EELK_Kaarma_kogudus, lk 79
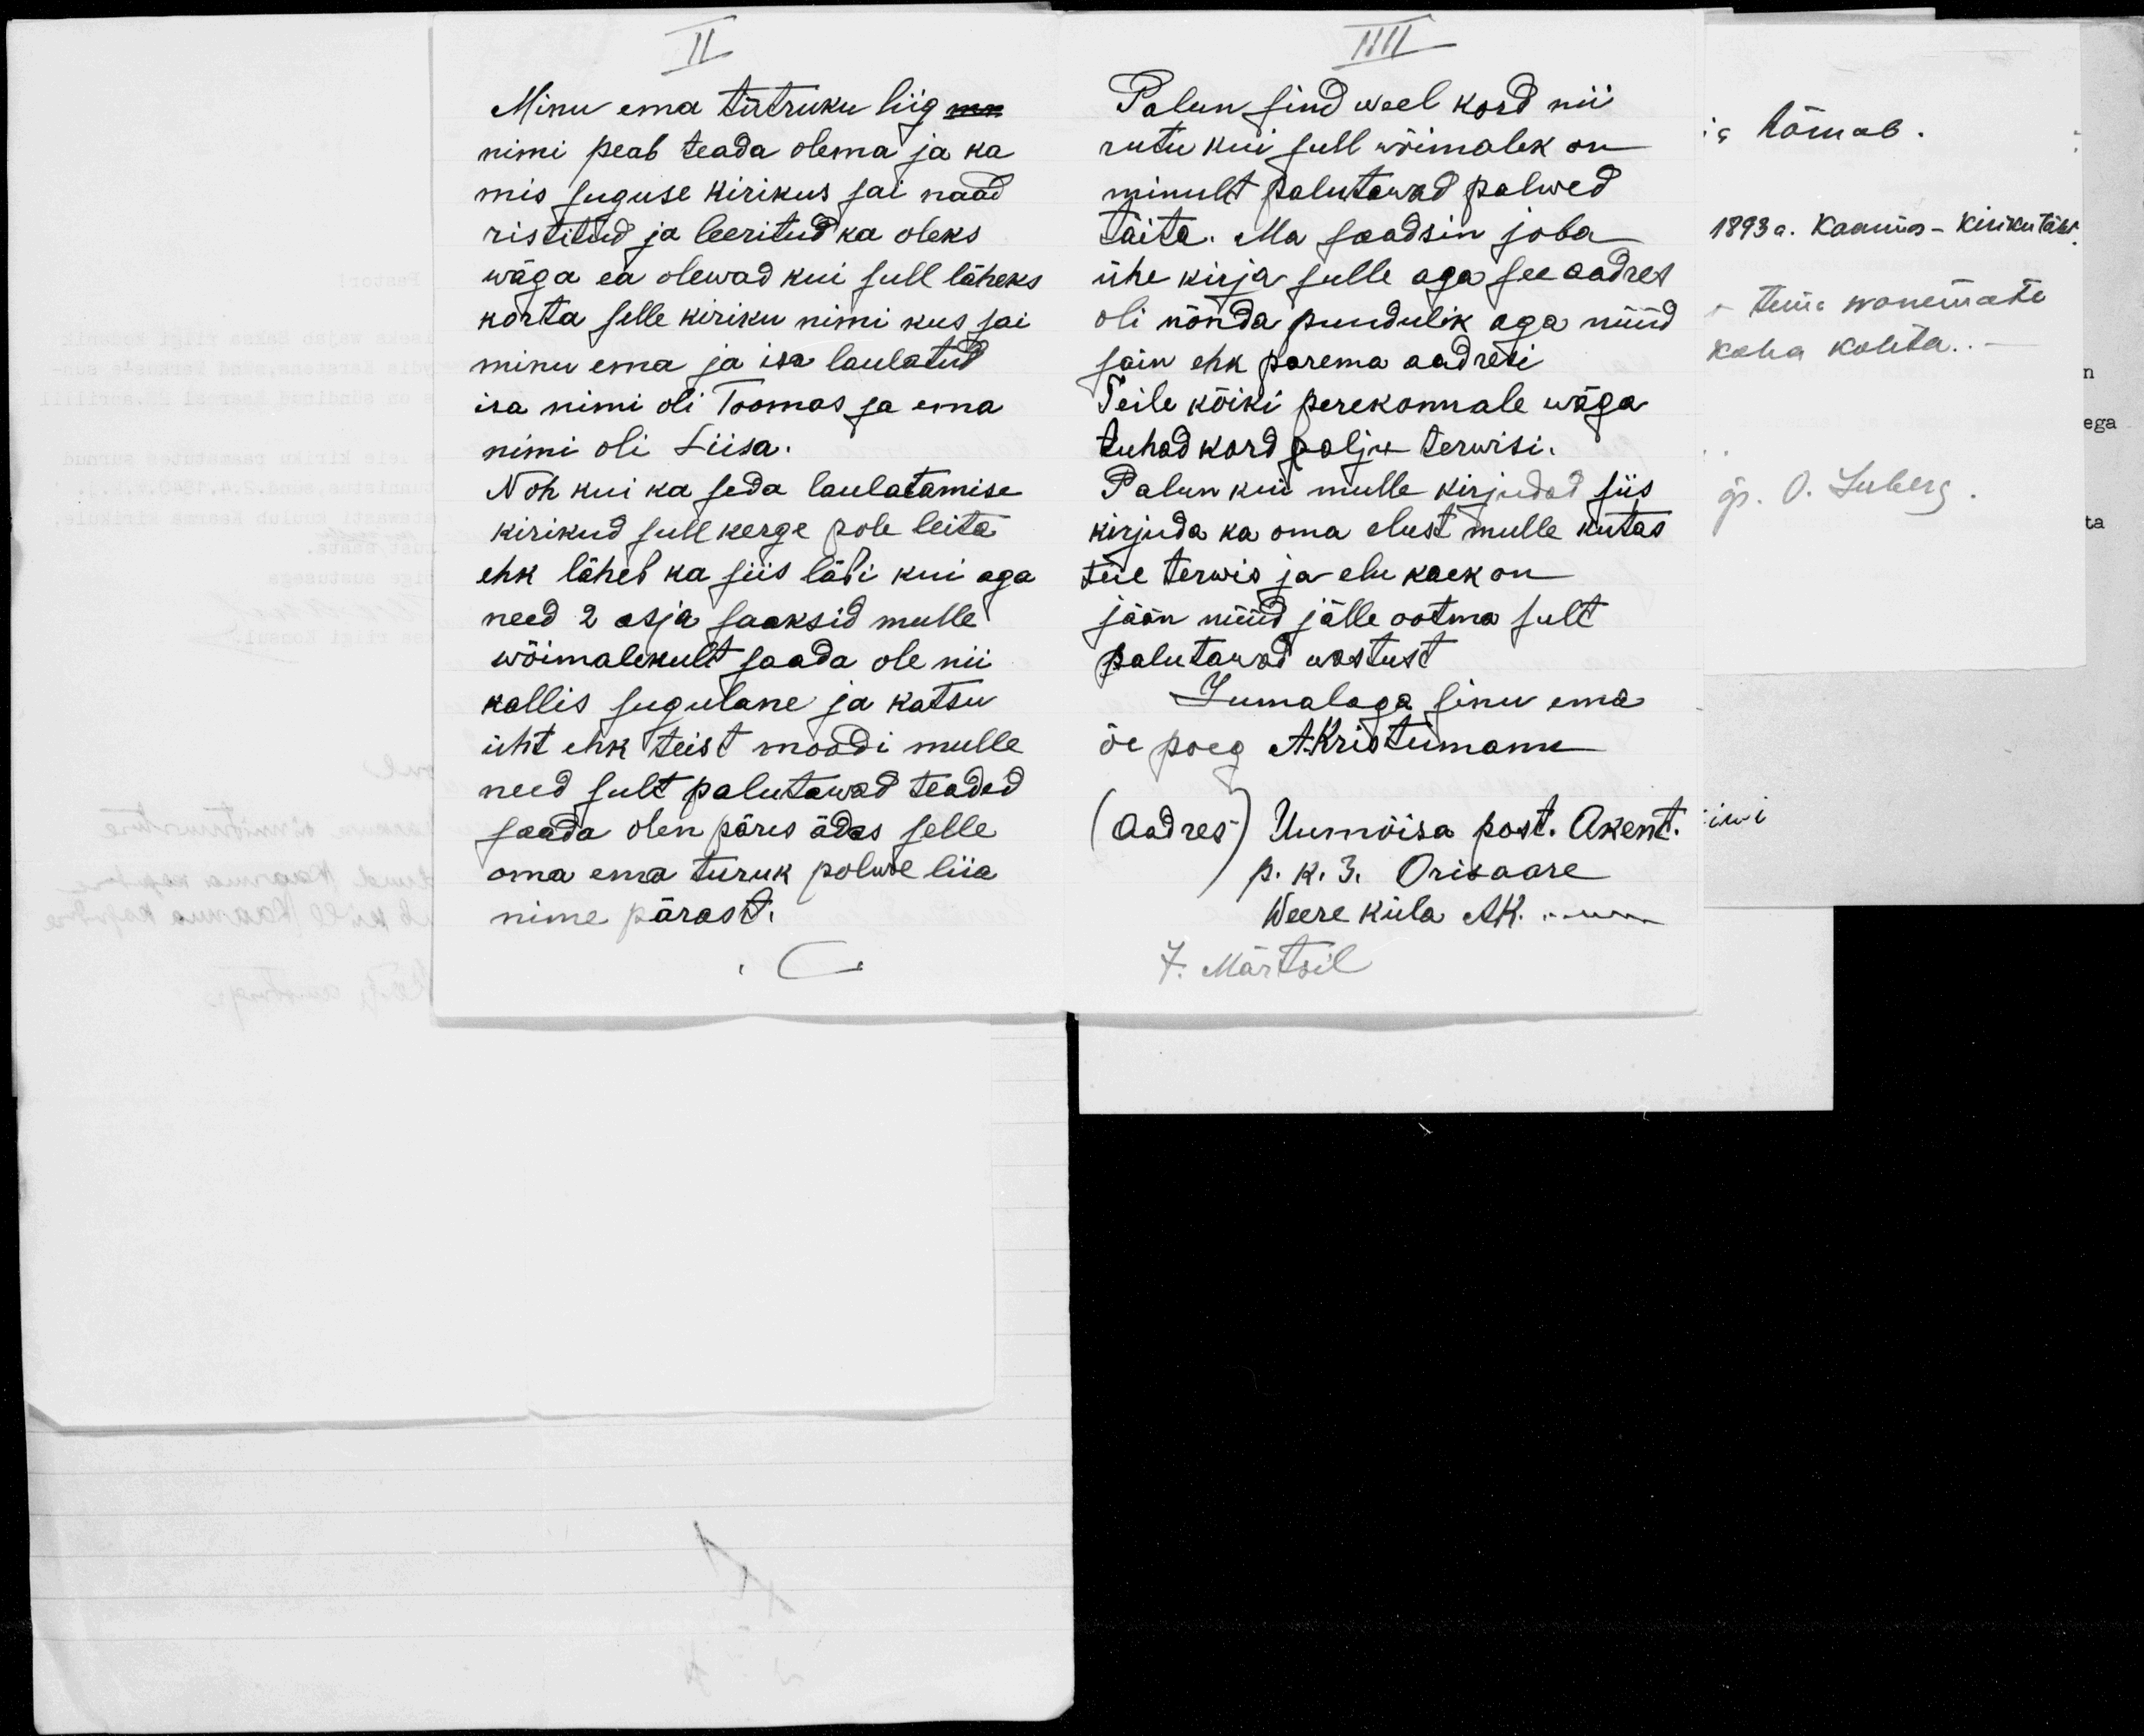
II
Minu ema tütruku liig
nimi peab teada olema ja ka
mis suguse kirikus sai naad.
ristitud ja leeritud ka oleks
wäga ea olewad kui sull läheks.
korta selle kiriku nimi kus sai
minu ema ja isa laulatud
isa nimi oli Toomas ja ema
nimi oli Liisa.
Noh kui ka seda laulatamise
kirikud sull kerge pole leita.
ehk läheb ka siis läbi kui aga
need 2 asja saaksid mulle
wõimalikult saada ole nii
kallis sugulane ja katsu
üht ehk teist moodi mulle
need sult palutawad teaded
saada olen päris ädas selle
oma ema turuk polwe liia.
nime pärast.

IIII
Palun sind weel kord nii
rutu kui sull wõimalik on
minult palutawad palwed.
täita. Ma saadsin joba
ühe kirja sulle aga see aadres
oli nõnda puudulik aga nüüd
sain ehk parema aadresi
Teile kõiki perekonnale wäga
tuhad kord palju terwisi.
Palun kui mulle kirjudad siis
kirjuda ka oma elust mulle kutas.
teie terwis ja elu kaek on
jään nüüd jälle ootma sult
palutawad wastust
Jumalaga sinu ema
õe poeg A.Kristumann
(Aadres) Uumõisa post. Akent.
p. k. 3. Orisaare
Weere küla AK.
7. Märtsil